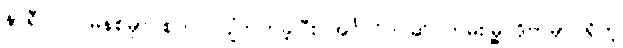
နာရီ ၁၇ မိနစ်မှာ စတင် ပျံတက်ခဲ့ပြီး အင်္ဂလိပ် ဆိပ်ကမ်းမြို့ ဒိုဗာမှာ ရှိတဲ့